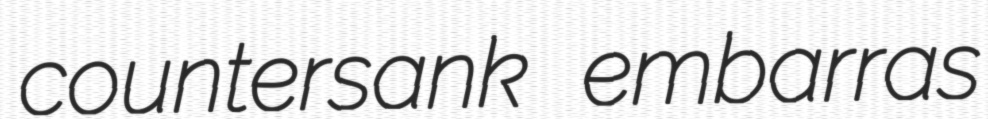
countersank embarras